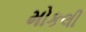
મોકલી